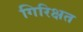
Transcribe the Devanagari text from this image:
गिरिक्षत